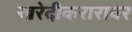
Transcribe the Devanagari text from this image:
खरेदीकरारावर